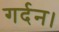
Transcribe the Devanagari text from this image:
गर्दन।